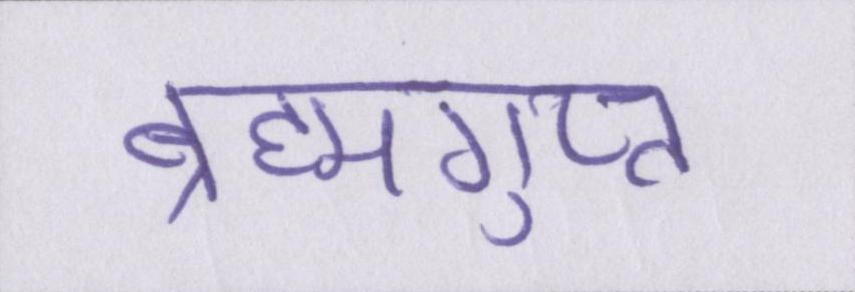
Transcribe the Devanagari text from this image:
ब्रह्मगुप्त